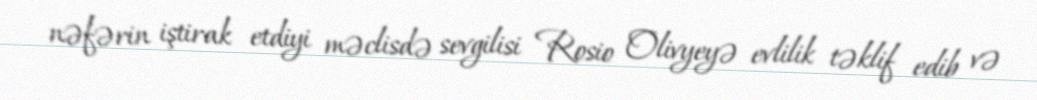
nəfərin iştirak etdiyi məclisdə sevgilisi Rosio Olivyeyə evlilik təklif edib və